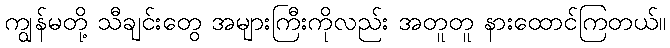
ကျွန်မတို့ သီချင်းတွေ အများကြီးကိုလည်း အတူတူ နားထောင်ကြတယ်။